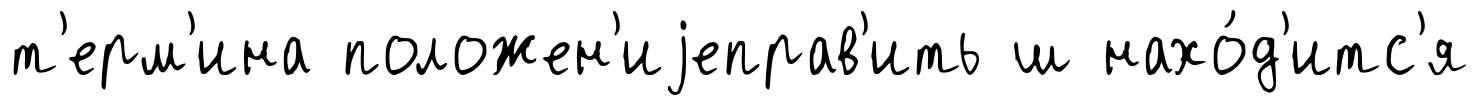
т'ерм'ина положен'иjеправ'ить ш нахо́д'итс'я